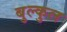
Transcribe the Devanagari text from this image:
बुल्कुल